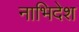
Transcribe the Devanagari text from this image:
नाभिदेश